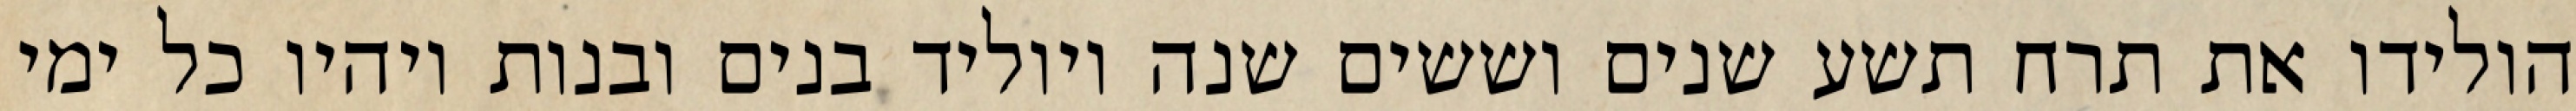
הולידו את תרח תשע שנים וששים שנה ויוליד בנים ובנות ויהיו כל ימי